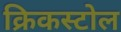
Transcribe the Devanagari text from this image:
क्रिकस्टोल